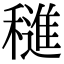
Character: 𬔀